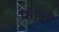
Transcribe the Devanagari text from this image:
फ्रांक्रो